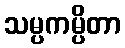
သမ္ပကမ္ပိတာ